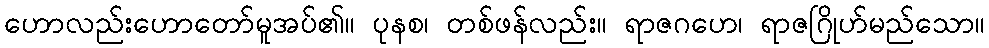
ဟောလည်းဟောတော်မူအပ်၏။ ပုနစ၊ တစ်ဖန်လည်း။ ရာဇဂဟေ၊ ရာဇဂြိုဟ်မည်သော။